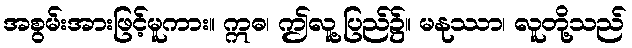
အစွမ်းအားဖြင့်မူကား။ ဣဓ၊ ဤလူ့ပြည်၌။ မနုဿာ၊ လူတို့သည်